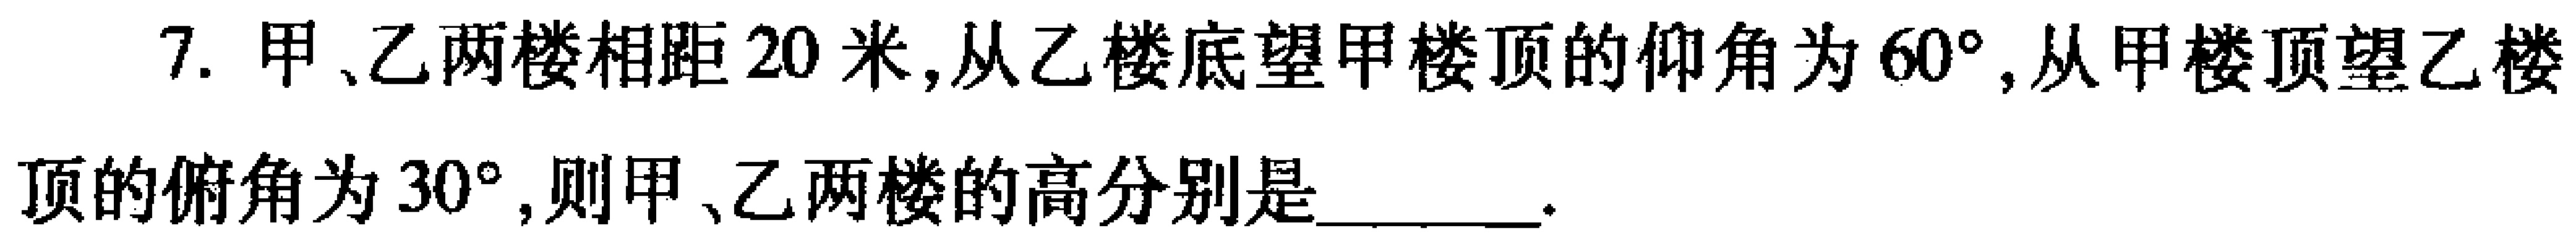
7. 甲、乙两楼相距\(20\)米,从乙楼底望甲楼顶的仰角为\(60^{\circ}\),从甲楼顶望乙楼顶的俯角为\(30^{\circ}\),则甲、乙两楼的高分别是________.